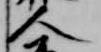
人